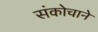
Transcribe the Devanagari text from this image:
संकोचाने